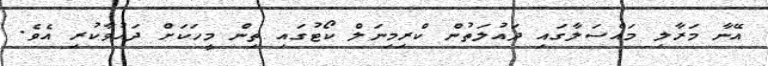
އޭނާ މަރާލި މައްސަލާގައި ދަައުލަތުން ކްރިމިނަލް ކޯޓުގައި ތިން މީހަކަށް ދައުވާކުރި އެވެ.